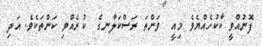
ފޮނުއްވީ ކާކުހެއްޔެވެ މިއީ  ވަންތަ ރަސްކަލާނގެ  ކުރެއްވި ކަންތަކެވެ. އަދި